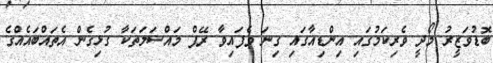
ބޮޑުވަޒީރު މޯދީ ވެރިކަމުގައި އިންޑިއާގައި ގިނަ ވެފައިވާ ރޭޕް މައްސަލަތަކާ ގުޅިގެން އެތައްބައެއްގެ